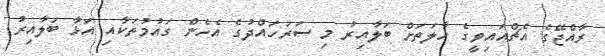
ރާއްޖޭގެ އެޗްއައިވީގެ ހާލަތަށް ބަލާއިރު މި ސަރަހައްދުގެ އެހެން ގައުމުތަކާއި އަޅާ ބަލާއިރު